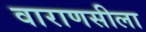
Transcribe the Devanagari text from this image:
वाराणसीला